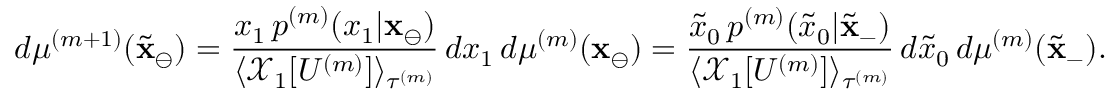
d \mu ^ { ( m + 1 ) } ( \tilde { \mathbf { x } } _ { \ominus } ) = \frac { x _ { 1 } \, p ^ { ( m ) } ( x _ { 1 } | \mathbf { x } _ { \ominus } ) } { \langle \mathcal { X } _ { 1 } [ U ^ { ( m ) } ] \rangle _ { \tau ^ { ( m ) } } } \, d x _ { 1 } \, d \mu ^ { ( m ) } ( \mathbf { x } _ { \ominus } ) = \frac { \tilde { x } _ { 0 } \, p ^ { ( m ) } ( \tilde { x } _ { 0 } | \tilde { \mathbf { x } } _ { - } ) } { \langle \mathcal { X } _ { 1 } [ U ^ { ( m ) } ] \rangle _ { \tau ^ { ( m ) } } } \, d \tilde { x } _ { 0 } \, d \mu ^ { ( m ) } ( \tilde { \mathbf { x } } _ { - } ) .